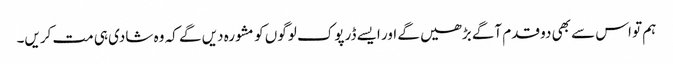
ہم تو اس سے بھی دو قدم آگے بڑھیں گے اور ایسے ڈرپوک لوگوں کو مشورہ دیں گے کہ وہ شادی ہی مت کریں۔